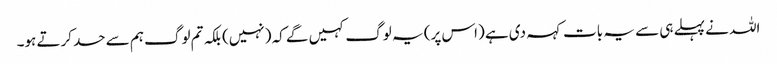
اللہ نے پہلے ہی سے یہ بات کہہ دی ہے (اس پر) یہ لوگ کہیں گے کہ (نہیں) بلکہ تم لوگ ہم سے حسد کرتے ہو۔